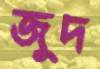
জুদ